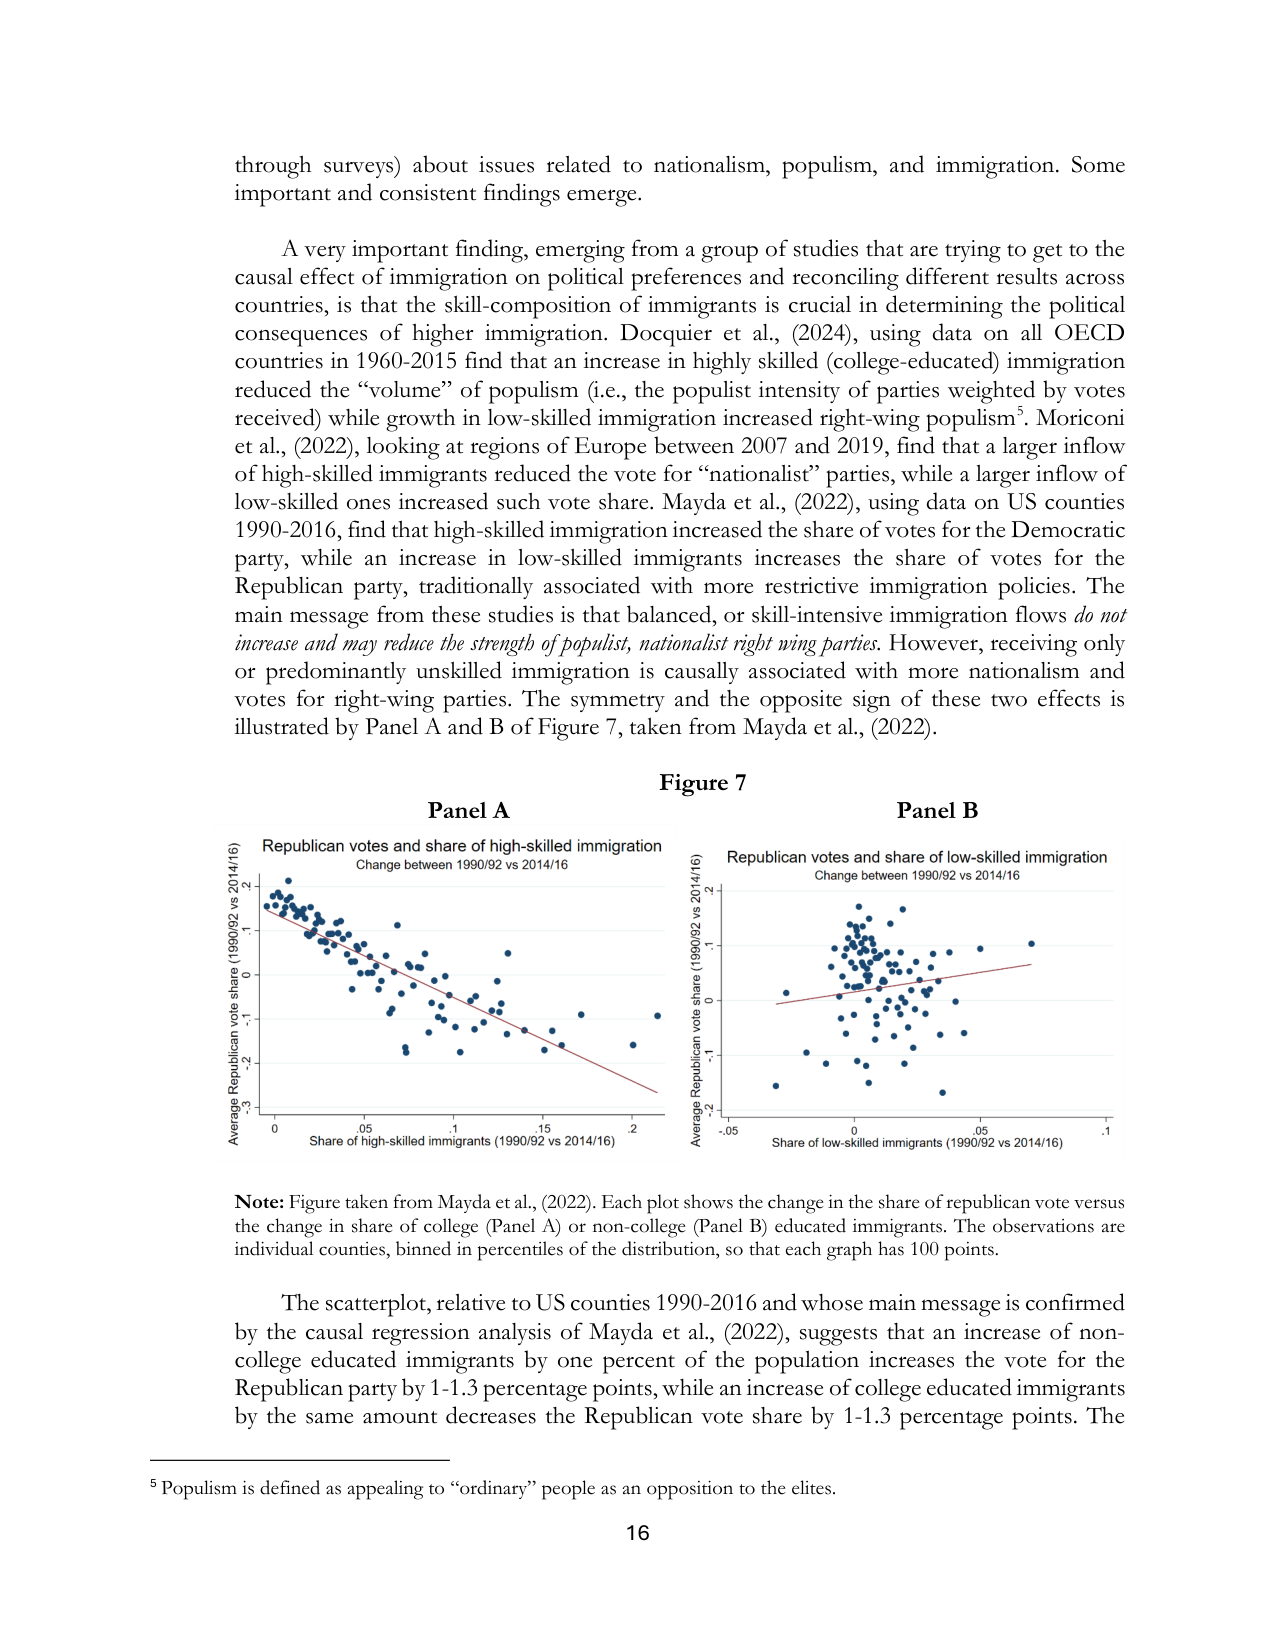
through surveys) about issues related to nationalism, populism, and immigration. Some important and consistent findings emerge.

A very important finding, emerging from a group of studies that are trying to get to the causal effect of immigration on political preferences and reconciling different results across countries, is that the skill-composition of immigrants is crucial in determining the political consequences of higher immigration. Docquier et al., (2024), using data on all OECD countries in 1960-2015 find that an increase in highly skilled (college-educated) immigration reduced the “volume” of populism (i.e., the populist intensity of parties weighted by votes received) while growth in low-skilled immigration increased right-wing populism⁵. Moriconi et al., (2022), looking at regions of Europe between 2007 and 2019, find that a larger inflow of high-skilled immigrants reduced the vote for “nationalist” parties, while a larger inflow of low-skilled ones increased such vote share. Mayda et al., (2022), using data on US counties 1990-2016, find that high-skilled immigration increased the share of votes for the Democratic party, while an increase in low-skilled immigrants increases the share of votes for the Republican party, traditionally associated with more restrictive immigration policies. The main message from these studies is that balanced, or skill-intensive immigration flows do not increase and may reduce the strength of populist, nationalist right wing parties. However, receiving only or predominantly unskilled immigration is causally associated with more nationalism and votes for right-wing parties. The symmetry and the opposite sign of these two effects is illustrated by Panel A and B of Figure 7, taken from Mayda et al., (2022).

Figure 7

Panel A
Republican votes and share of high-skilled immigration
Change between 1990/92 vs 2014/16
Average Republican vote share (1990/92 vs 2014/16)
Share of high-skilled immigrants (1990/92 vs 2014/16)

Panel B
Republican votes and share of low-skilled immigration
Change between 1990/92 vs 2014/16
Average Republican vote share (1990/92 vs 2014/16)
Share of low-skilled immigrants (1990/92 vs 2014/16)

Note: Figure taken from Mayda et al., (2022). Each plot shows the change in the share of republican vote versus the change in share of college (Panel A) or non-college (Panel B) educated immigrants. The observations are individual counties, binned in percentiles of the distribution, so that each graph has 100 points.

The scatterplot, relative to US counties 1990-2016 and whose main message is confirmed by the causal regression analysis of Mayda et al., (2022), suggests that an increase of non-college educated immigrants by one percent of the population increases the vote for the Republican party by 1-1.3 percentage points, while an increase of college educated immigrants by the same amount decreases the Republican vote share by 1-1.3 percentage points. The

⁵ Populism is defined as appealing to “ordinary” people as an opposition to the elites.

16